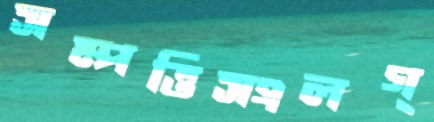
সম্পত্তিসংলগ্